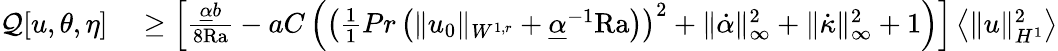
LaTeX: \begin{array}{rl}{\mathcal{Q}[u,\theta,\eta]}&{{}\geq\left[\frac{\underline{{\alpha}}b}{8\mathrm{{Ra}}}-aC\left(\left(\frac{1}{1}{{Pr}}\left(\| u_{0}\| _{W^{1,r}}+\underline{{\alpha}}^{-1}\mathrm{{Ra}}\right)\right)^{2}+\| \dot{\alpha}\| _{\infty}^{2}+\| \dot{\kappa}\| _{\infty}^{2}+1\right)\right]\left\langle\| u\| _{H^{1}}^{2}\right\rangle}\end{array}